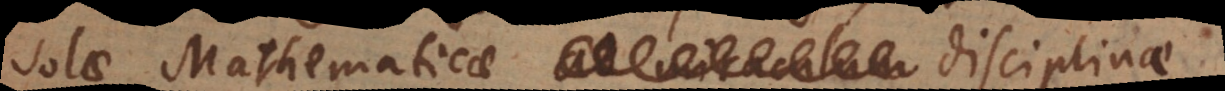
olae Mathematicae disciplinae